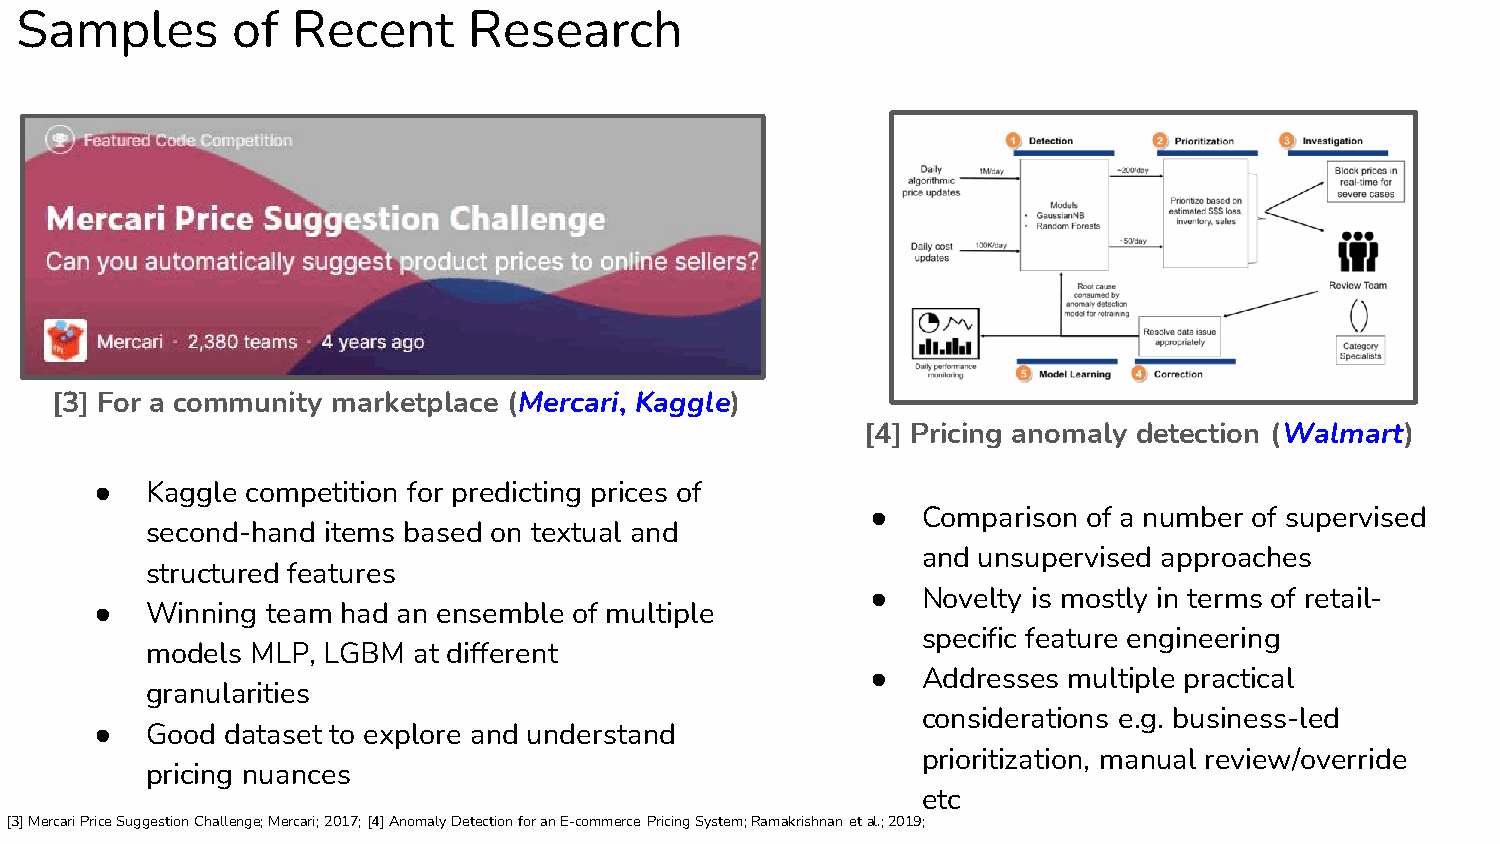
Samples       of  Recent      Research
 [3] For a community marketplace (Mercari, Kaggle)
 [4] Pricing anomaly detection (Walmart)
 ●   Kaggle competition for predicting prices of
 ●  Comparison of a number of supervised
 second-hand items based on textual and
 and unsupervised approaches
 structured features
 ●  Novelty is mostly in terms of retail-
 ●   Winning team had an ensemble of multiple
 specific feature engineering
 models MLP, LGBM at different
 ●  Addresses multiple practical
 granularities
 considerations e.g. business-led
 ●   Good dataset to explore and understand
 prioritization, manual review/override
 pricing nuances
 etc
 [3] Mercari Price Suggestion Challenge; Mercari; 2017; [4] Anomaly Detection for an E-commerce Pricing System; Ramakrishnan et al.; 2019;